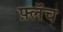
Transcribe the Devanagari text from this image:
फ़्लॅच